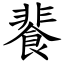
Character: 餥